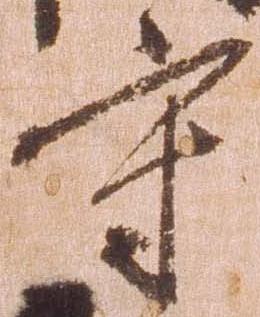
守